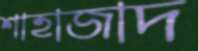
শাহাজাদ